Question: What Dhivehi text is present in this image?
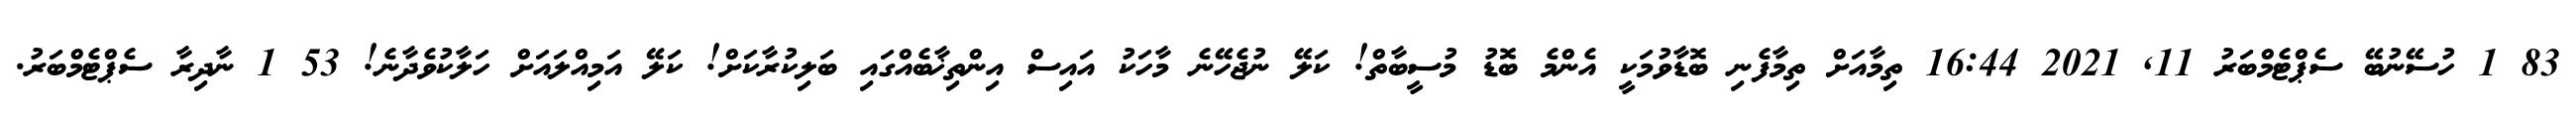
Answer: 83 1 ހުސޭނުބޭ ސެޕްޓެމްބަރު 11, 2021 16:44 ތިމާއަށް ތިމާފެނި ބޮޑާވުމަކީ އެންމެ ބޮޑު މުސީބާތް! ކަލޭ ނުޖެހޭނެ މާހަކު އައިސް އިންތިޚާބެއްގައި ބަލިކުރާކަށް! ކަލޭ އަމިއްލައަށް ހަލާކުވެދާނެ! 53 1 ނާދިރާ ސެޕްޓެމްބަރު.